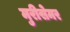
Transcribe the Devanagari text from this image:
मुरीसेमर